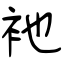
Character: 衪